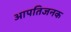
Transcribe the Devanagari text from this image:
आपतिजनक